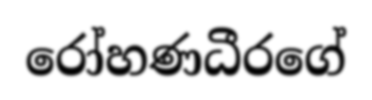
රෝහණධීරගේ